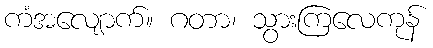
ကံအလျောက်။ ဂတာ၊ သွားကြလေကုန်